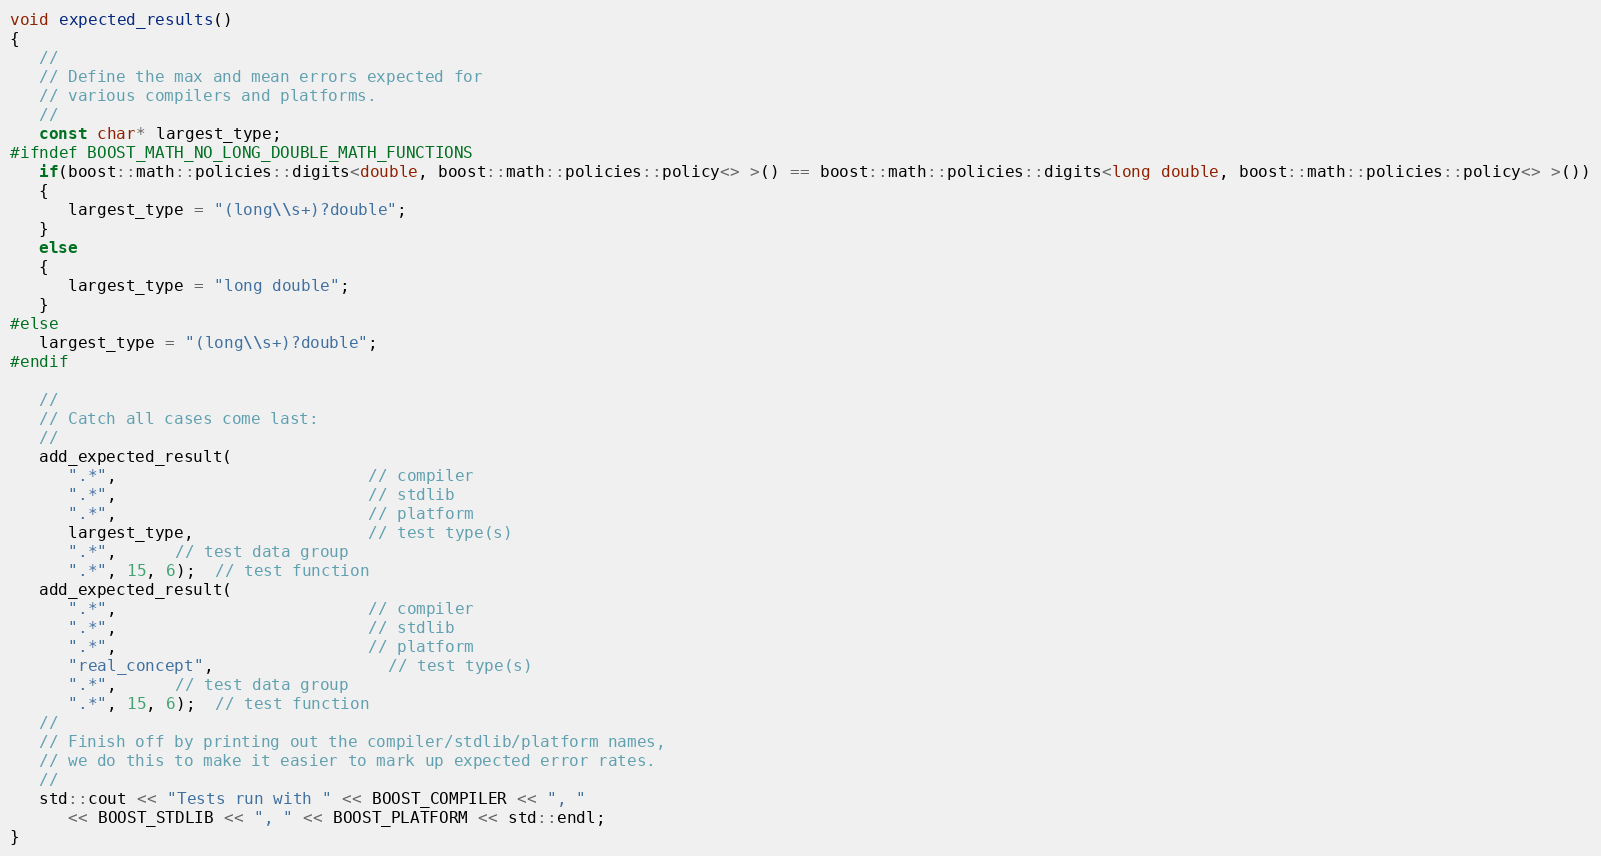
Language: C++
void expected_results()
{
   //
   // Define the max and mean errors expected for
   // various compilers and platforms.
   //
   const char* largest_type;
#ifndef BOOST_MATH_NO_LONG_DOUBLE_MATH_FUNCTIONS
   if(boost::math::policies::digits<double, boost::math::policies::policy<> >() == boost::math::policies::digits<long double, boost::math::policies::policy<> >())
   {
      largest_type = "(long\\s+)?double";
   }
   else
   {
      largest_type = "long double";
   }
#else
   largest_type = "(long\\s+)?double";
#endif

   //
   // Catch all cases come last:
   //
   add_expected_result(
      ".*",                          // compiler
      ".*",                          // stdlib
      ".*",                          // platform
      largest_type,                  // test type(s)
      ".*",      // test data group
      ".*", 15, 6);  // test function
   add_expected_result(
      ".*",                          // compiler
      ".*",                          // stdlib
      ".*",                          // platform
      "real_concept",                  // test type(s)
      ".*",      // test data group
      ".*", 15, 6);  // test function
   //
   // Finish off by printing out the compiler/stdlib/platform names,
   // we do this to make it easier to mark up expected error rates.
   //
   std::cout << "Tests run with " << BOOST_COMPILER << ", "
      << BOOST_STDLIB << ", " << BOOST_PLATFORM << std::endl;
}